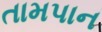
તામપાન